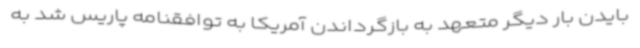
بایدن بار دیگر متعهد به بازگرداندن آمریکا به توافقنامه پاریس شد به